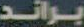
براند